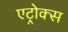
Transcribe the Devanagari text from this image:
एट्रोक्स